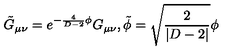
\tilde { G } _ { \mu \nu } = e ^ { - \frac { 4 } { D - 2 } \phi } G _ { \mu \nu } , \tilde { \phi } = \sqrt { \frac { 2 } { | D - 2 | } } \phi